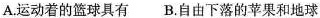
A.运动着的篮球具有B.自由下落的苹果和地球